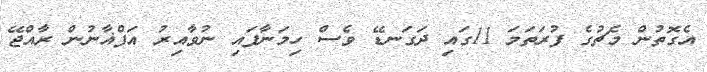
އެގޮތުން މެޗުގެ ފުރަތަމަ 11ގައި ދަގަނޑޭ ވެސް ހިމަނާފައި ނުވާއިރު އަފްޣާނުން ރާއްޖޭ